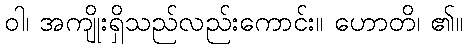
ဝါ၊ အကျိုးရှိသည်လည်းကောင်း။ ဟောတိ၊ ၏။